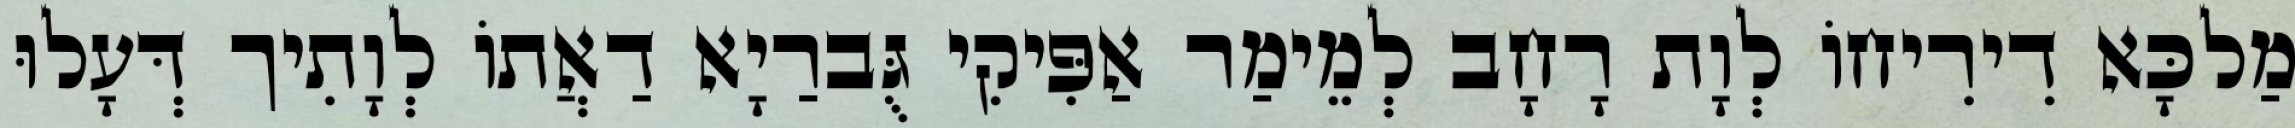
מַלכָּא דִירִיחוֹ לְוָת רָחָב לְמֵימַר אַפִּיקִי גֻּברַיָא דַאֲתוֹ לְוָתִיך דְּעָלוּ